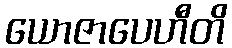
ယောဇာပေဟီတိ